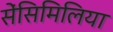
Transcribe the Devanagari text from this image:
सेंसिमिलिया